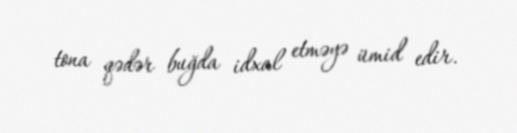
tona qədər buğda idxal etməyə ümid edir.